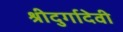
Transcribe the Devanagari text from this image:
श्रीदुर्गादेवी